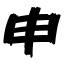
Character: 申